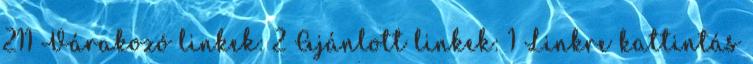
211 Várakozó linkek: 2 Ajánlott linkek: 1 Linkre kattintás